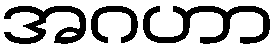
အဂဟာ